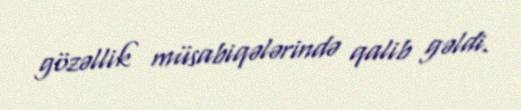
gözəllik müsabiqələrində qalib gəldi.